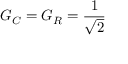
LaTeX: G _ { C } = G _ { R } = { \frac { 1 } { \sqrt { 2 } } }